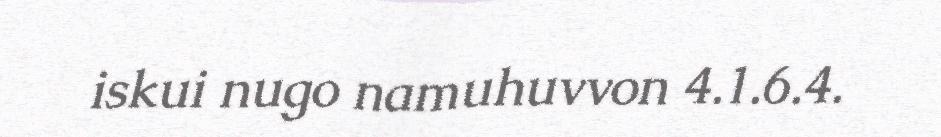
iskui nugo namuhuvvon 4.1.6.4.